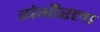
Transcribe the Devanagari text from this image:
गंभीरला